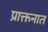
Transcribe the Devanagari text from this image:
प्राक्तनात